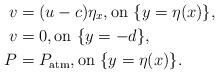
LaTeX: \begin{align*} v & = (u-c) \eta_x, \textrm{on } \{y = \eta(x)\}, \\v & = 0, \textrm{on } \{y = -d\}, \\P & = \displaystyle P_{\textrm{atm}}, \textrm{on } \{y = \eta(x)\}. \end{align*}